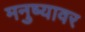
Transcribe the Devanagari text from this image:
मनुष्यावर